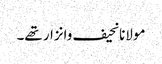
مولانانحیف وانزار تھے۔